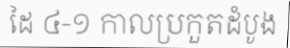
ដៃ ៤-១ កាលប្រកួតដំបូង